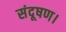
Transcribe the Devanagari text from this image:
संदूषण।